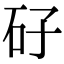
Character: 矷